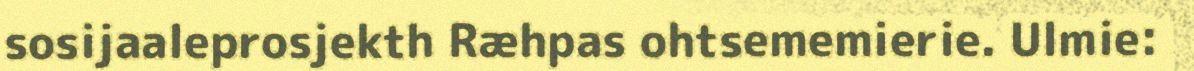
sosijaaleprosjekth Ræhpas ohtsememierie. Ulmie: